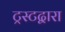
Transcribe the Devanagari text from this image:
ट्रस्टद्वारा